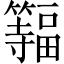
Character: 𫂨